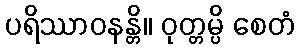
ပရိဿာဝနန္တိ။ ဝုတ္တမ္ပိ စေတံ